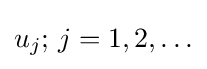
u_{j};\,j=1,2,\ldots